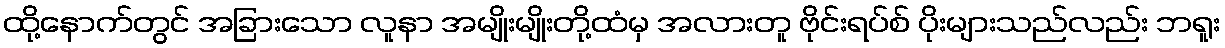
ထို့နောက်တွင် အခြားသော လူနာ အမျိုးမျိုးတို့ထံမှ အလားတူ ဗိုင်းရပ်စ် ပိုးများသည်လည်း ဘရူး